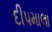
દીપમાલા